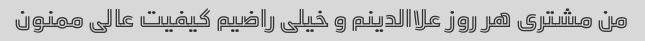
من مشتری هر روز علاالدینم و خیلی راضیم کیفیت عالی ممنون